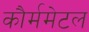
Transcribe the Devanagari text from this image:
कौर्ममेटल